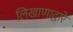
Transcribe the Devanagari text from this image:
लिखाणाद्वारे